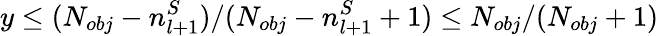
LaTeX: y\le(N_{obj}-n_{l+1}^{S})/(N_{obj}-n_{l+1}^{S}+1)\le N_{obj}/(N_{obj}+1)